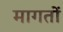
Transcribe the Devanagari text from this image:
मागतों